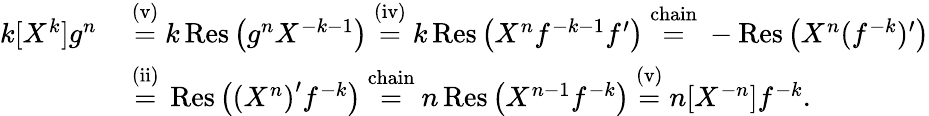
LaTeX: {\begin{array}{rl}{k[X^{k}]g^{n}}&{\ {\stackrel{\mathrm{(v)}}{=}}\ k\operatorname{Res}\left(g^{n}X^{-k-1}\right)\ {\stackrel{\mathrm{(iv)}}{=}}\ k\operatorname{Res}\left(X^{n}f^{-k-1}f^{\prime}\right)\ {\stackrel{\mathrm{chain}}{=}}\ -\operatorname{Res}\left(X^{n}(f^{-k})^{\prime}\right)}\\ &{\ {\stackrel{\mathrm{(ii)}}{=}}\ \operatorname{Res}\left(\left(X^{n}\right)^{\prime}f^{-k}\right)\ {\stackrel{\mathrm{chain}}{=}}\ n\operatorname{Res}\left(X^{n-1}f^{-k}\right)\ {\stackrel{\mathrm{(v)}}{=}}\ n[X^{-n}]f^{-k}.}\end{array}}